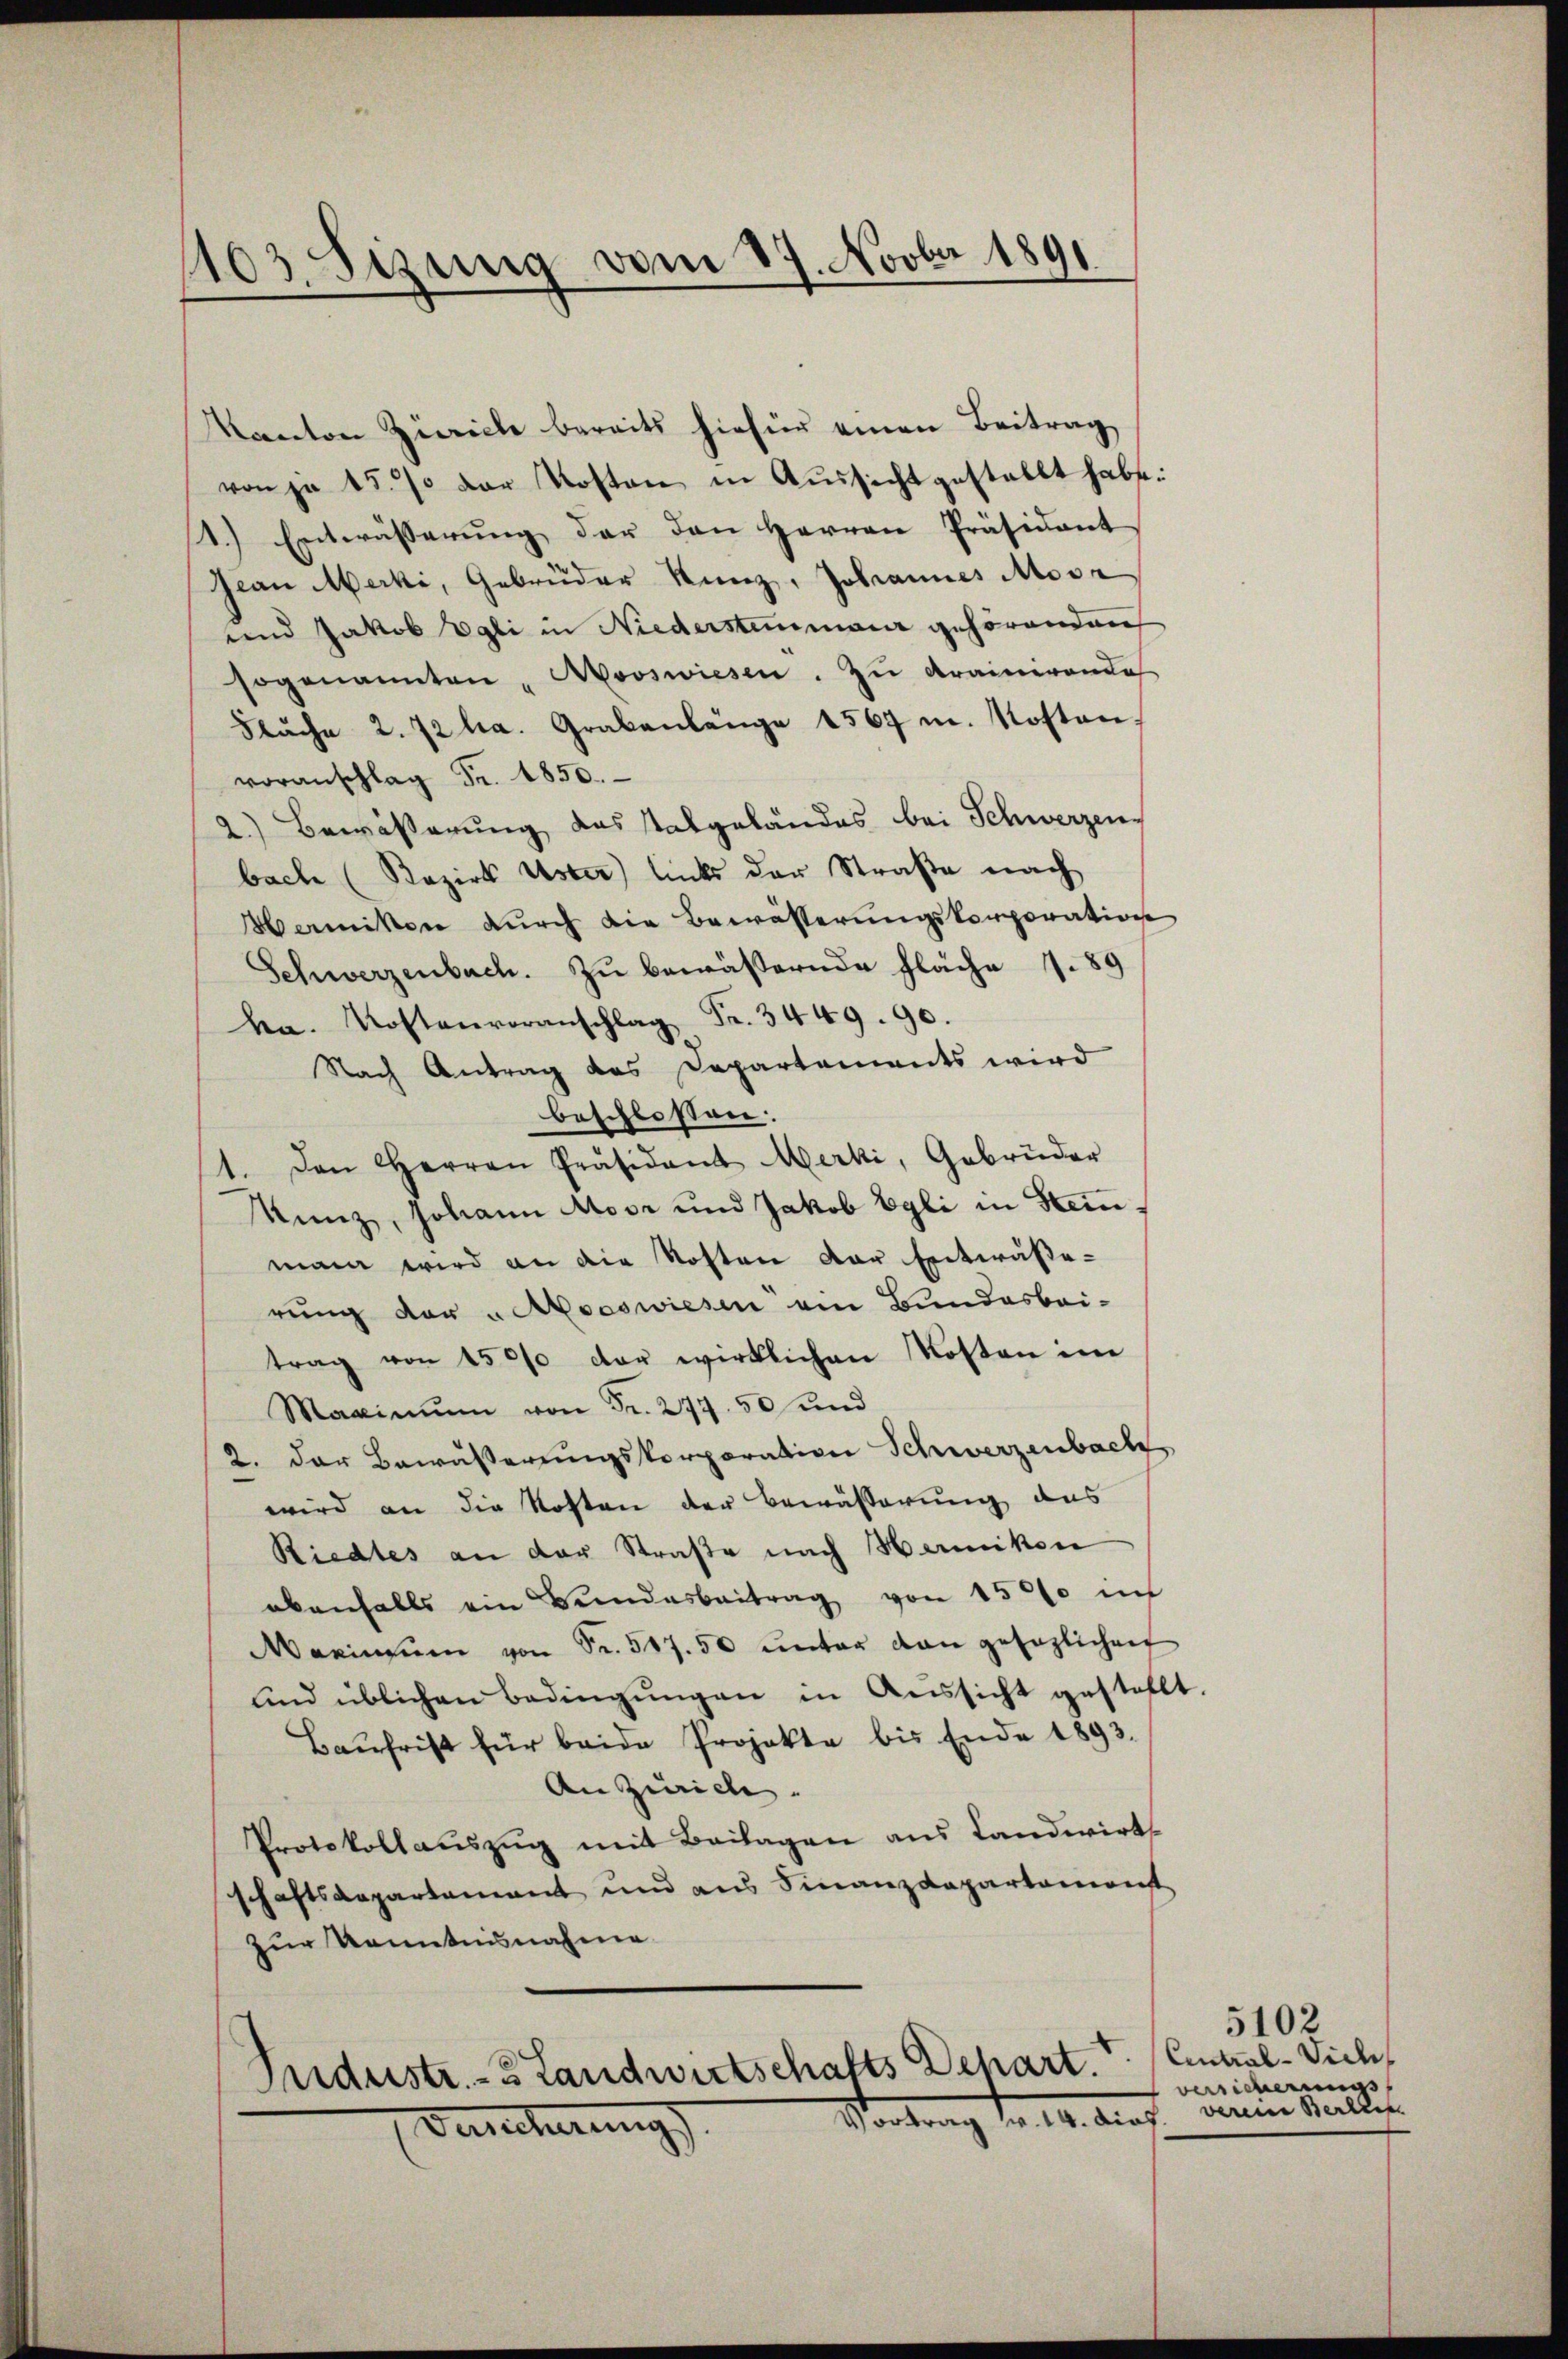
1103. Sizung vom 17. Novber 1891

Kanton Zivile bereits hiefür einen Beitrag
von je 15% der Kosten in Aŭssicht gestellt habe.
1.) Entwässerŭng der den Herren Präsident
Jean Merki, Gebrüder Kunz, Johannes Mose
und Jakob Egli in Niederstenmaur gehörenden
sogenannten, Nooswiesen. Zu Krainerende
Sŭche 2. 72 ha. Grabenlange 1567 u. Kosten,
voranschlag Fr. 1850.
2.) Bewässerung das talgeländes bei Schwerzen,
bache (Bezirk Uster) links der Straße nach
Mamikon durch die Bewässerungskorporation
Schwerzenbach. Zu bewässernde Fläche 7. 89
ha. Kostenveranschlag Fr. 3449. 90.
Nach Antrag des Departements wird
beschlossen.
1. Den Herren Präsident Merki, Gebrüder
Kunz, Johann Moor und Jakob Egli in Steinman wird an die Kosten der Entwässerung der „Akooswiesen am Bundesbei-
trag von 4500 der wirklichen Kosten im
Maximum von Fr. 277. 50 und
2. der Bewässerungskorporation Schwerzenbach
wird an die Kosten der Bewässerung aus
Riedtes an der Straße nach Hermikon
ebenfalls ein Bŭndesbeitrag von 15000 in
Maximŭm von Fr. 547. 50 ŭnter dan gesezlichen
und üblichen Bedingungen in Aussicht gestellt.
Baŭfrist für beide Projekte bis Ende 1893.
An Zürich.
Protokollauszug mit Beilagen aus Landwirt
schaftsaepartement und aus Finanzdepartemont
zur Kenntnisnahme
Pndustr. 3 Landwirtschafts Depart.
Vortrag der 14. Auf dene Maller
Vancherungs

5102
Central-Vicles
versicherungs